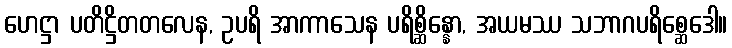
ဟေဋ္ဌာ ပတိဋ္ဌိတတလေန, ဥပရိ အာကာသေန ပရိစ္ဆိန္နော, အယမဿ သဘာဂပရိစ္ဆေဒေါ။